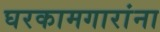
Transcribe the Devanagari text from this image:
घरकामगारांना